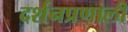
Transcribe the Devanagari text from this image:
दर्शनप्रणाली